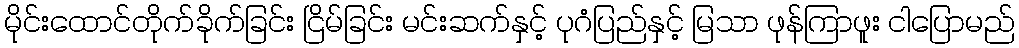
မိုင်းထောင်တိုက်ခိုက်ခြင်း ငြိမ်ခြင်း မင်းဆက်နှင့် ပုဂံပြည်နှင့် မြသာ ဖုန်ကြာဖူး ငါပြောမည်